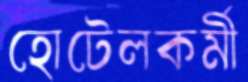
হোটেলকর্মী